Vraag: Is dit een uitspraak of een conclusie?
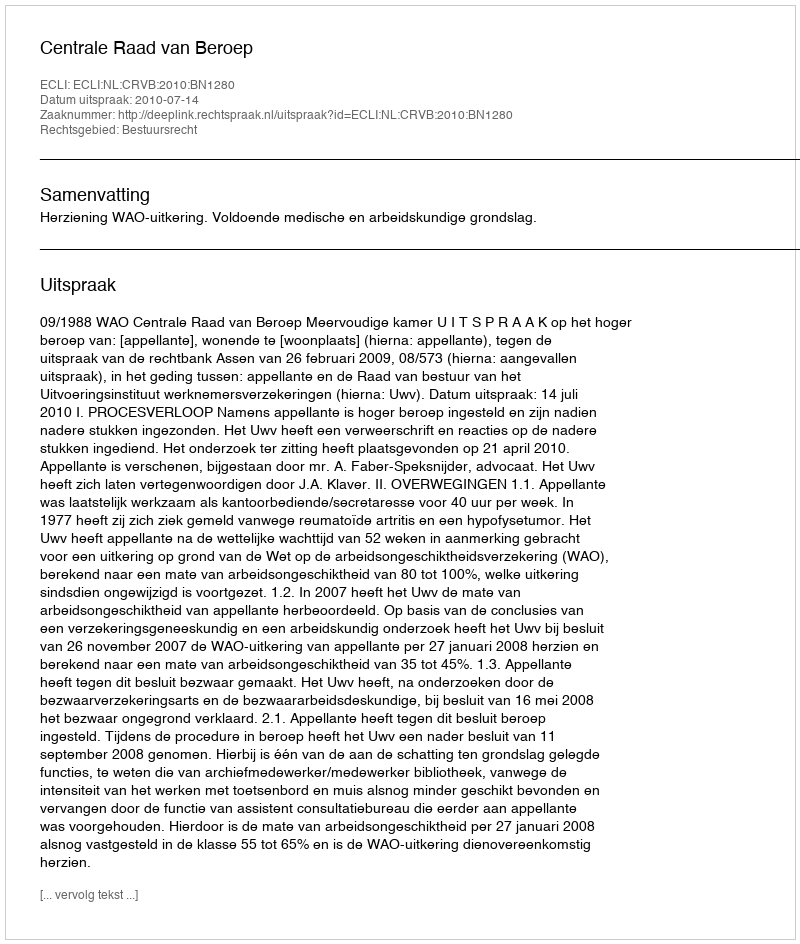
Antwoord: Uitspraak